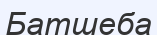
Батшеба